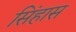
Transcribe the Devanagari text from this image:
सिंहास